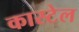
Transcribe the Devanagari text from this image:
कास्टेल